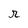
Character: r